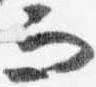
而